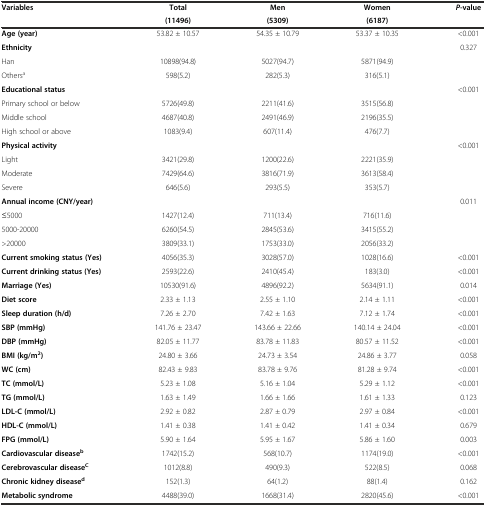
<table><thead><tr><td rowspan="2"><b>Variables</b></td><td><b>Total</b></td><td><b>Men</b></td><td><b>Women</b></td><td rowspan="2"><b><i>P-</i>value</b></td></tr><tr><td><b>(11496)</b></td><td><b>(5309)</b></td><td><b>(6187)</b></td></tr></thead><tbody><tr><td><b>Age (year)</b></td><td>53.82 ± 10.57</td><td>54.35 ± 10.79</td><td>53.37 ± 10.35</td><td>&lt;0.001</td></tr><tr><td><b>Ethnicity</b></td><td></td><td></td><td></td><td>0.327</td></tr><tr><td>Han</td><td>10898(94.8)</td><td>5027(94.7)</td><td>5871(94.9)</td><td></td></tr><tr><td>Others<sup>a</sup></td><td>598(5.2)</td><td>282(5.3)</td><td>316(5.1)</td><td></td></tr><tr><td><b>Educational status</b></td><td></td><td></td><td></td><td>&lt;0.001</td></tr><tr><td>Primary school or below</td><td>5726(49.8)</td><td>2211(41.6)</td><td>3515(56.8)</td><td></td></tr><tr><td>Middle school</td><td>4687(40.8)</td><td>2491(46.9)</td><td>2196(35.5)</td><td></td></tr><tr><td>High school or above</td><td>1083(9.4)</td><td>607(11.4)</td><td>476(7.7)</td><td></td></tr><tr><td><b>Physical activity</b></td><td></td><td></td><td></td><td>&lt;0.001</td></tr><tr><td>Light</td><td>3421(29.8)</td><td>1200(22.6)</td><td>2221(35.9)</td><td></td></tr><tr><td>Moderate</td><td>7429(64.6)</td><td>3816(71.9)</td><td>3613(58.4)</td><td></td></tr><tr><td>Severe</td><td>646(5.6)</td><td>293(5.5)</td><td>353(5.7)</td><td></td></tr><tr><td><b>Annual income (CNY/year)</b></td><td></td><td></td><td></td><td>0.011</td></tr><tr><td>≤5000</td><td>1427(12.4)</td><td>711(13.4)</td><td>716(11.6)</td><td></td></tr><tr><td>5000-20000</td><td>6260(54.5)</td><td>2845(53.6)</td><td>3415(55.2)</td><td></td></tr><tr><td>&gt;20000</td><td>3809(33.1)</td><td>1753(33.0)</td><td>2056(33.2)</td><td></td></tr><tr><td><b>Current smoking status (Yes)</b></td><td>4056(35.3)</td><td>3028(57.0)</td><td>1028(16.6)</td><td>&lt;0.001</td></tr><tr><td><b>Current drinking status (Yes)</b></td><td>2593(22.6)</td><td>2410(45.4)</td><td>183(3.0)</td><td>&lt;0.001</td></tr><tr><td><b>Marriage (Yes)</b></td><td>10530(91.6)</td><td>4896(92.2)</td><td>5634(91.1)</td><td>0.014</td></tr><tr><td><b>Diet score</b></td><td>2.33 ± 1.13</td><td>2.55 ± 1.10</td><td>2.14 ± 1.11</td><td>&lt;0.001</td></tr><tr><td><b>Sleep duration (h/d)</b></td><td>7.26 ± 2.70</td><td>7.42 ± 1.63</td><td>7.12 ± 1.74</td><td>&lt;0.001</td></tr><tr><td><b>SBP (mmHg)</b></td><td>141.76 ± 23.47</td><td>143.66 ± 22.66</td><td>140.14 ± 24.04</td><td>&lt;0.001</td></tr><tr><td><b>DBP (mmHg)</b></td><td>82.05 ± 11.77</td><td>83.78 ± 11.83</td><td>80.57 ± 11.52</td><td>&lt;0.001</td></tr><tr><td><b>BMI (kg/m</b><sup><b>2</b></sup><b>)</b></td><td>24.80 ± 3.66</td><td>24.73 ± 3.54</td><td>24.86 ± 3.77</td><td>0.058</td></tr><tr><td><b>WC (cm)</b></td><td>82.43 ± 9.83</td><td>83.78 ± 9.76</td><td>81.28 ± 9.74</td><td>&lt;0.001</td></tr><tr><td><b>TC (mmol/L)</b></td><td>5.23 ± 1.08</td><td>5.16 ± 1.04</td><td>5.29 ± 1.12</td><td>&lt;0.001</td></tr><tr><td><b>TG (mmol/L)</b></td><td>1.63 ± 1.49</td><td>1.66 ± 1.66</td><td>1.61 ± 1.33</td><td>0.123</td></tr><tr><td><b>LDL-C (mmol/L)</b></td><td>2.92 ± 0.82</td><td>2.87 ± 0.79</td><td>2.97 ± 0.84</td><td>&lt;0.001</td></tr><tr><td><b>HDL-C (mmol/L)</b></td><td>1.41 ± 0.38</td><td>1.41 ± 0.42</td><td>1.41 ± 0.34</td><td>0.679</td></tr><tr><td><b>FPG (mmol/L)</b></td><td>5.90 ± 1.64</td><td>5.95 ± 1.67</td><td>5.86 ± 1.60</td><td>0.003</td></tr><tr><td><b>Cardiovascular disease</b><sup><b>b</b></sup></td><td>1742(15.2)</td><td>568(10.7)</td><td>1174(19.0)</td><td>&lt;0.001</td></tr><tr><td><b>Cerebrovascular disease</b><sup><b>C</b></sup></td><td>1012(8.8)</td><td>490(9.3)</td><td>522(8.5)</td><td>0.068</td></tr><tr><td><b>Chronic kidney disease</b><sup><b>d</b></sup></td><td>152(1.3)</td><td>64(1.2)</td><td>88(1.4)</td><td>0.162</td></tr><tr><td><b>Metabolic syndrome</b></td><td>4488(39.0)</td><td>1668(31.4)</td><td>2820(45.6)</td><td>&lt;0.001</td></tr></tbody></table>